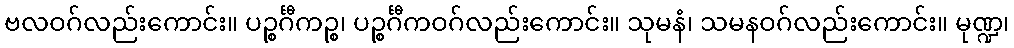
ဗလဝဂ်လည်းကောင်း။ ပဉ္စင်္ဂီကဉ္စ၊ ပဉ္စင်္ဂီကဝဂ်လည်းကောင်း။ သုမနံ၊ သမနဝဂ်လည်းကောင်း။ မုဏ္ဍ၊